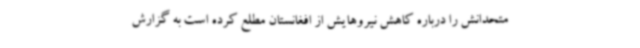
متحدانش را درباره کاهش نیروهایش از افغانستان مطلع کرده است به گزارش